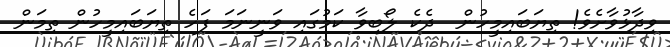
ވިދާޅުވާށެވެ! ތިޔަބައިމީހުން  ދެކެ ލޯބިވާ ކަމުގައި ވަނީނަމަ ފަހެ ތިޔަބައިމީހުން ތިމަން